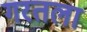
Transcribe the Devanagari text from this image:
गरतला